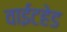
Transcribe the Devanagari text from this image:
वाईटहेड